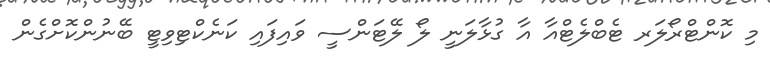
މި ކޮންޓްރޯލަރ ޓެބްލެޓްއާ އާ ގުޅާލަނީ ލޯ ލޭޓަންސީ ވައިފައި ކަނެކްޓިވިޓީ ބޭނުންކޮށްގެން